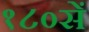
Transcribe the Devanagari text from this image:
१८०सें